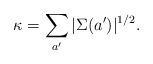
LaTeX: \begin{align*}\kappa=\sum_{a'}|\Sigma(a')|^{1/2}.\end{align*}